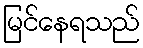
မြင်နေရသည်